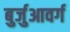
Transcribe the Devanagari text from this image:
बुर्जुआवर्ग